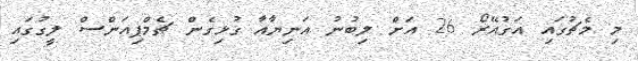
މި މެޗުގައި އަގުއޭރޯ 26 އަށް ލިބުނު އަނިޔާއާ ގުޅިގެން ޗެމްޕިއަންސް ލީގުގައި